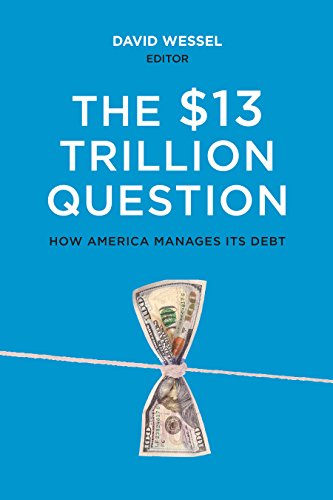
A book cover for The $13 Trillion Question: Managing the U.S. Government's Debt; Business & Money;